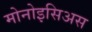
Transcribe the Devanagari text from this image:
मोनोइसिअस